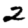
Digit: 2